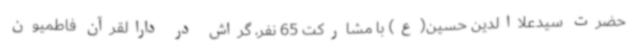
حضرت سیدعلاالدین حسین(ع) با مشارکت 65 نفر، گراش در دارالقرآن فاطمیون